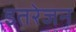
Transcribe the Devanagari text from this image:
इतरेजन